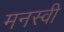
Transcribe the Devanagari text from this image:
मनस्‍वी